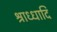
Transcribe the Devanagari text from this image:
श्राध्धादि